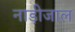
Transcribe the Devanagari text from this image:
नाड़ीजाल